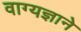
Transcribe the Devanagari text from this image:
वाग्यज्ञाने